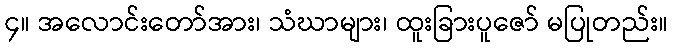
၄။ အလောင်းတော်အား၊ သံဃာများ၊ ထူးခြားပူဇော် မပြုတည်း။